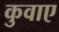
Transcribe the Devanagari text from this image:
कुवाए